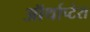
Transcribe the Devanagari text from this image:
ऑर्थाप्टेरा